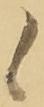
候